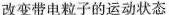
改变带电粒子的运动状态